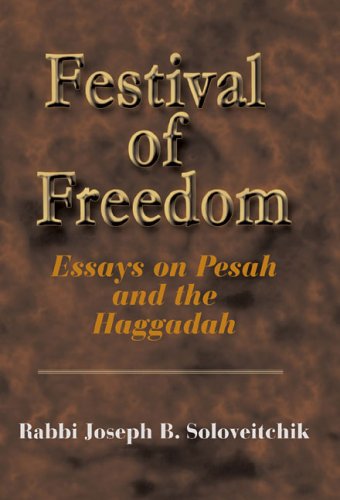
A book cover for Festival of Freedom: Essays on Pesah And the Haggadah (Meotzar Horav); Joel B. Wolowelsky; Religion & Spirituality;